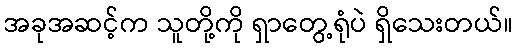
အခုအဆင့်က သူတို့ကို ရှာတွေ့ရုံပဲ ရှိသေးတယ်။